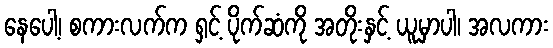
နေပေါ့၊ စကားလက်က ရှင့် ပိုက်ဆံကို အတိုးနှင့် ယူမှာပါ၊ အလကား